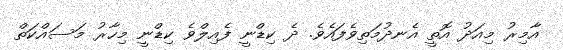
އާމިރު މިއަދު އޮތީ އެނދުމަތިވެފައެވެ. ދެ ކިޑްނީ ފެއިލްވެ ކިޑްނީ މިހާރު މަސައްކަތް